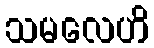
သမလေဟိ